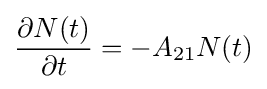
{\frac {\partial N(t)}{\partial t}}=-A_{21}N(t)